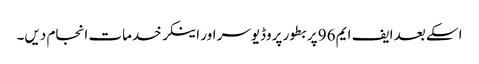
اسکے بعد ایف ایم 96 پر بطور پروڈیوسر اور اینکر خدمات انجام دیں۔